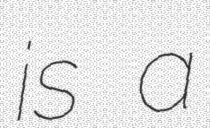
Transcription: is a